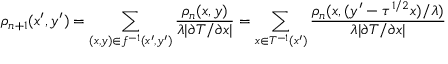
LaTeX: \rho _ { n + 1 } ( x ^ { \prime } , y ^ { \prime } ) = \sum _ { ( x , y ) \in f ^ { - 1 } ( x ^ { \prime } , y ^ { \prime } ) } \frac { \rho _ { n } ( x , y ) } { \lambda | \partial T / \partial x | } = \sum _ { x \in T ^ { - 1 } ( x ^ { \prime } ) } \frac { \rho _ { n } ( x , ( y ^ { \prime } - \tau ^ { 1 / 2 } x ) / \lambda ) } { \lambda | \partial T / \partial x | }